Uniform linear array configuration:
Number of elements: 32
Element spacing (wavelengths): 0.5
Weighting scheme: kaiser
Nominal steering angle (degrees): -15
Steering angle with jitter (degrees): -15.957
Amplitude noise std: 0.05
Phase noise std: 0.05

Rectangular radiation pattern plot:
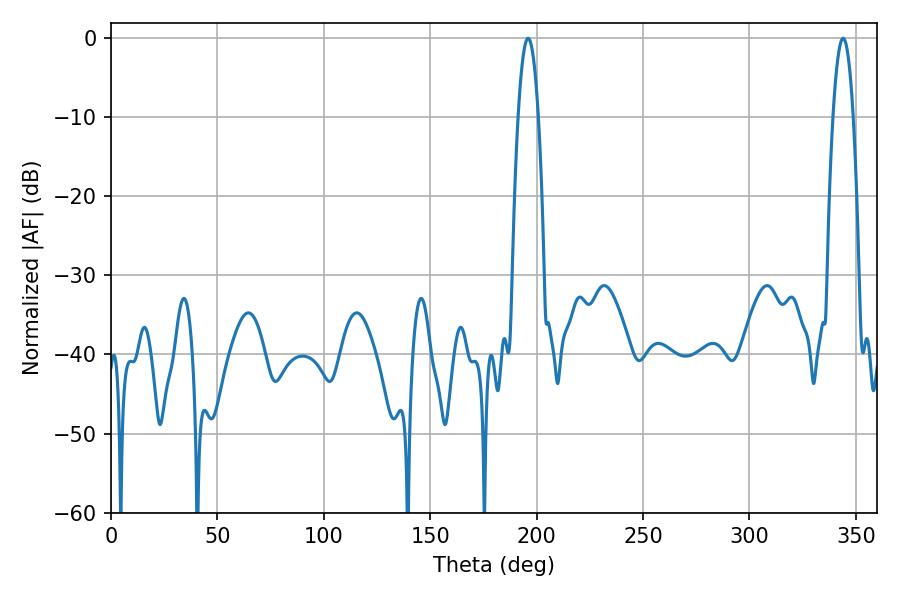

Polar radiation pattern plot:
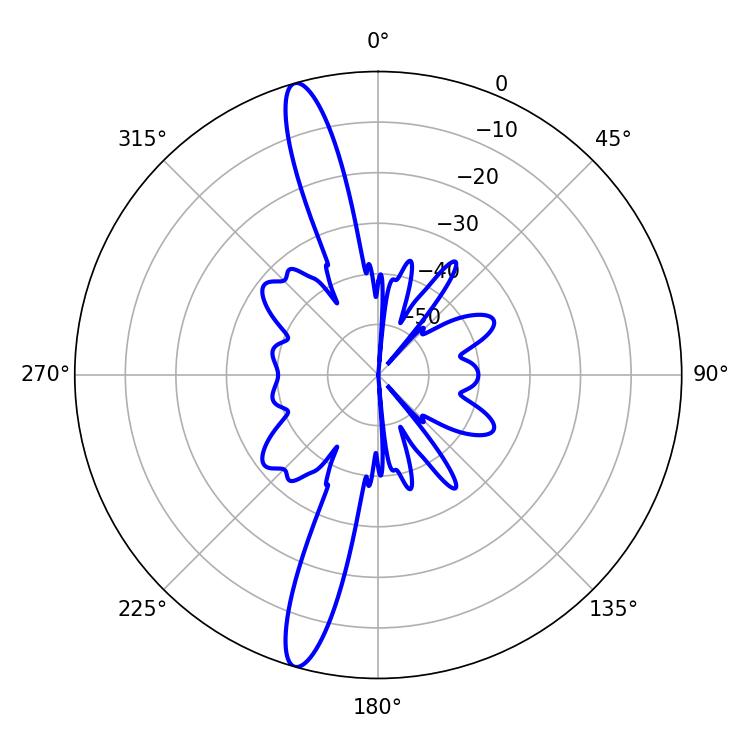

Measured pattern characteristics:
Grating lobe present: FALSE
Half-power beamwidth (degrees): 5.22
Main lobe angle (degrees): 196.02